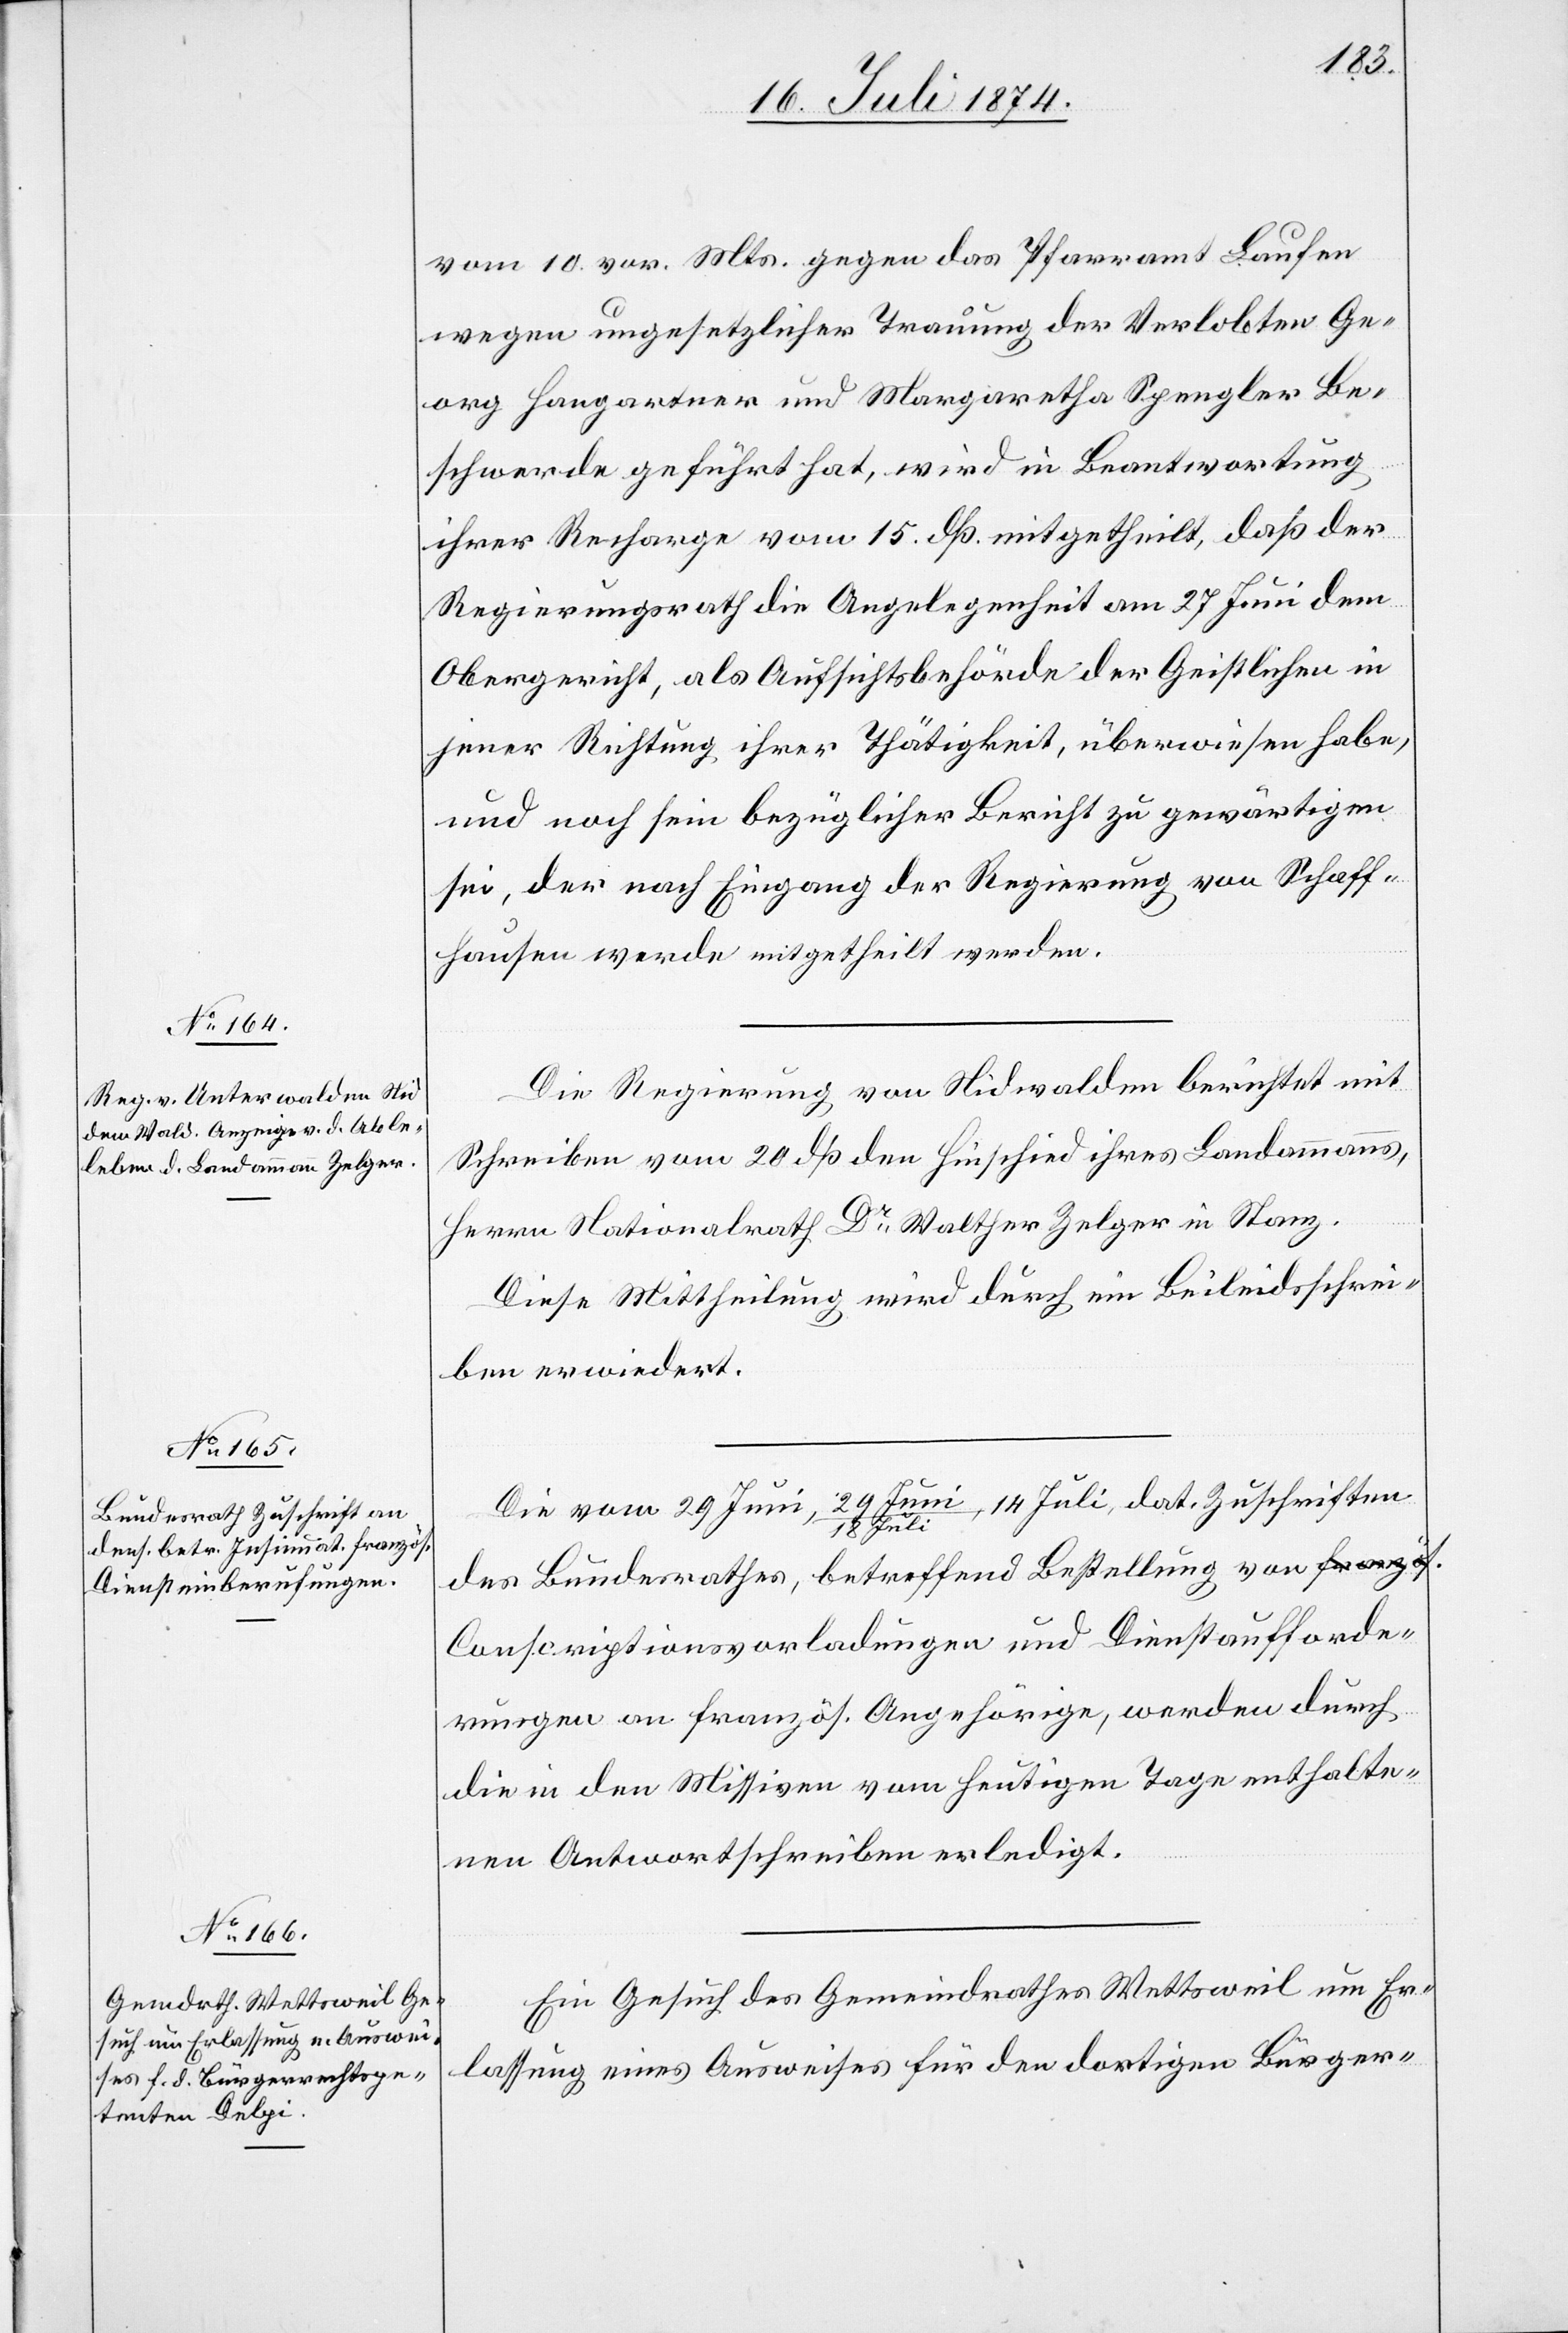
vom 10. vor. Mts. gegen das Pfarramt Laufen
wegen ungesetzlicher Trauung der Verlobten Ge¬
org Hangartner und Margaretha Spengler Be¬
schwerde geführt hat, wird in Beantwortung
ihrer Recharge vom 15. dß. mitgetheilt, daß der
Regierungsrath die Angelegenheit am 27. Juni dem
Obergericht, als Aufsichtsbehörde der Geistlichen in
jener Richtung ihrer Thätigkeit, überwiesen habe,
und noch sein bezüglicher Bericht zu gewärtigen
sei, der nach Eingang der Regierung von Schaff¬
hausen werde mitgetheilt werden.
Die Regierung von Nidwalden berichtet mit
Schreiben vom 20. dß den Hinschied ihres Landammanns,
Herrn Nationalrath Dr Walther Zelger in Stanz.
Diese Mittheilung wird durch ein Beileidsschrei¬
ben erwiedert.
22. Juli
des Bundesrathes, betreffend Bestellung von a-französ.-a
Conscriptionsvorladungen und Dienstaufforde¬
rungen an französ. Angehörige, werden durch
die in den Missiven vom heutigen Tage enthalte¬
nen Antwortschreiben erledigt.
Ein Gesuch des Gemeindrathes Wettsweil um Er¬
lassung eines Ausweises für den dortigen Bürger-